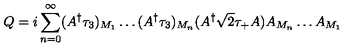
Q = i \sum _ { n = 0 } ^ { \infty } ( A ^ { \dagger } \tau _ { 3 } ) _ { M _ { 1 } } \ldots ( A ^ { \dagger } \tau _ { 3 } ) _ { M _ { n } } ( A ^ { \dagger } { \sqrt 2 } \tau _ { + } A ) A _ { M _ { n } } \ldots A _ { M _ { 1 } }